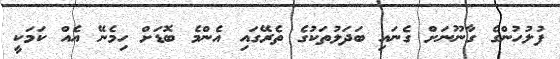
ފުލުހުންގެ ގާނޫނަށް ގެނައި ބަދަލުތަކުގެ ތެރޭގައި އެންމެ ބޮޑަށް ހިމެނޭ އެއް ކަމަކީ